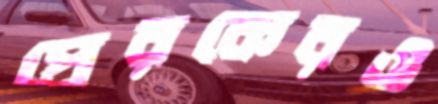
প্রেরকেরও